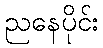
ညနေပိုင်း